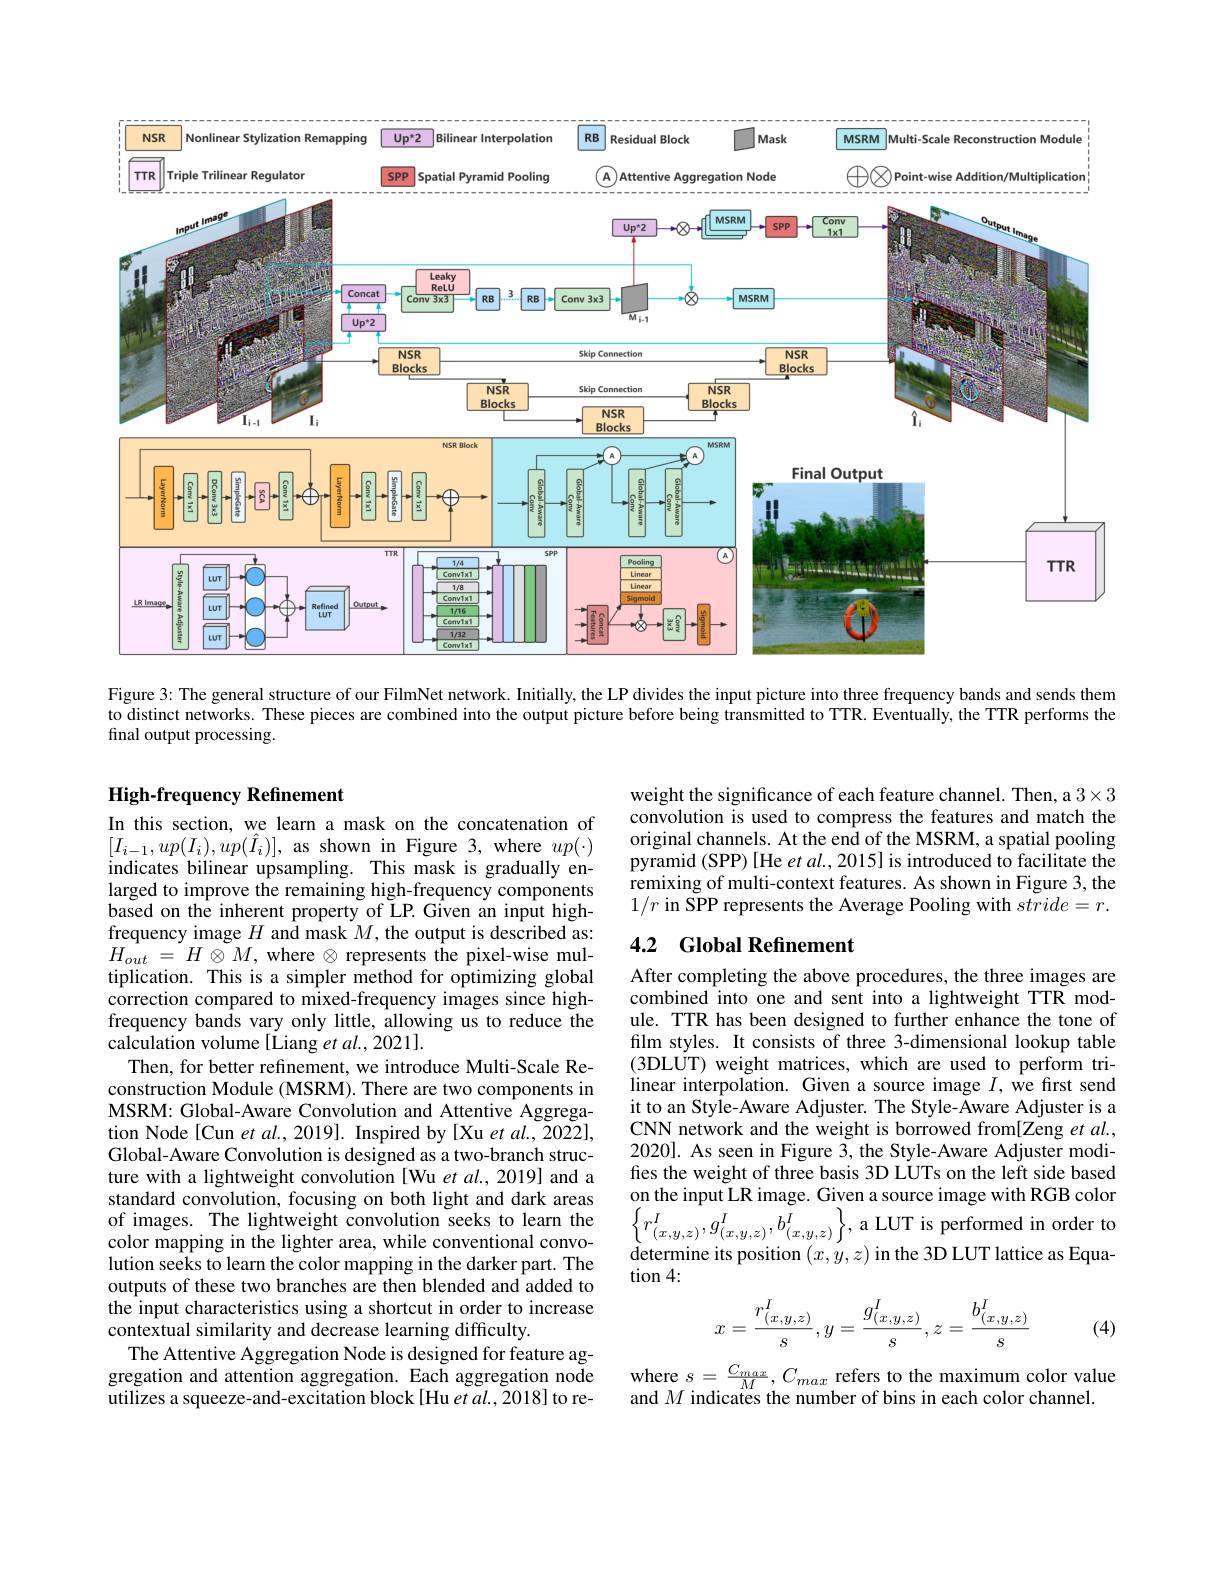
<FigureHere>

Figure 3: The general structure of our FilmNet network. Initially, the LP divides the input picture into three frequency bands and sends them to distinct networks. These pieces are combined into the output picture before being transmitted to TTR. Eventually, the TTR performs the final output processing.

## High-frequency Refinement

weight the significance of each feature channel. Then, a 3×3 convolution is used to compress the features and match the original channels. At the end of the MSRM, a spatial pooling pyramid (SPP) [He et al., 2015] is introduced to facilitate the remixing of multi-context features. As shown in Figure 3, the $1/r$ in SPP represents the Average Pooling with $stride=r.$

# 4.2 Global Refinement

In this section, we learn a mask on the concatenation of $[I_{i-1},up(I_{i}),up(\hat{I}_{i})]$, as shown in Figure 3, where $up(\cdot)$ indicates bilinear upsampling. This mask is gradually enlarged to improve the remaining high-frequency components based on the inherent property of LP. Given an input highfrequency image $H$ and mask $M$, the output is described as: $H_{out}$ = $H$ $\otimes M$, where $\otimes$ represents the pixel-wise multiplication. This is a simpler method for optimizing global correction compared to mixed-frequency images since highfrequency bands vary only little, allowing us to reduce the calculation volume[Liang et al., 2021].
Then, for better refinement, we introduce Multi-Scale Reconstruction Module (MSRM). There are two components in MSRM: Global-Aware Convolution and Attentive Aggregation Node[Cun et al., 2019]. Inspired by [Xu et al., 2022], Global-Aware Convolution is designed as a two-branch structure with a lightweight convolution [Wu et al., 2019] and a standard convolution, focusing on both light and dark areas of images. The lightweight convolution seeks to learn the color mapping in the lighter area, while conventional convolution seeks to learn the color mapping in the darker part. The outputs of these two branches are then blended and added to the input characteristics using a shortcut in order to increase contextual similarity and decrease learning difficulty.
The Attentive Aggregation Node is designed for feature aggregation and attention aggregation. Each aggregation node utilizes a squeeze-and-excitation block[Hu et al., 2018] to re-

After completing the above procedures, the three images are combined into one and sent into a lightweight TTR module. TTR has been designed to further enhance the tone of film styles. It consists of three 3-dimensional lookup table (3DLUT) weight matrices, which are used to perform trilinear interpolation. Given a source image $I$, we fırst send it to an Style-Aware Adjuster. The Style-Aware Adjuster is a CNN network and the weight is borrowed from[Zeng et $al.$, 2020]. As seen in Figure 3, the Style-Aware Adjuster modifies the weight of three basis 3D LUTs on the left side based on the input LR image. Given a source image with RGB color $\left\{r_{(x,y,z)}^{I},g_{(x,y,z)}^{I},b_{(x,y,z)}^{I}\right\}$,a LUT is performed in order to determine its position $(x,y,z)$ in the 3D LUT lattice as Equa- $\tan4:$
$$x=\frac{r_{(x,y,z)}^I}{s},y=\frac{g_{(x,y,z)}^I}{s},z=\frac{b_{(x,y,z)}^I}{s}$$
(4)

where $s=\frac{C_{max}}M,C_{max}$ refers to the maximum color value
and $M$ indicates the number of bins in each color channel.